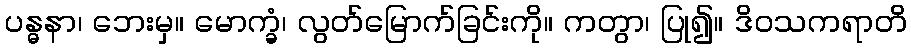
ပန္ဓနာ၊ ဘေးမှ။ မောက္ခံ၊ လွတ်မြောက်ခြင်းကို။ ကတွာ၊ ပြု၍။ ဒိဝသကရာတိ